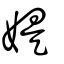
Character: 媞